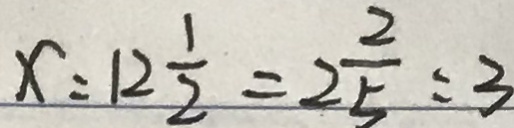
x : 1 2 \frac { 1 } { 2 } = 2 \frac { 2 } { 5 } = 3